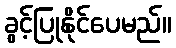
ခွင့်ပြုနိုင်ပေမည်။